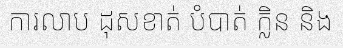
ការលាប ដុសខាត់ បំបាត់ ក្លិន និង